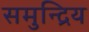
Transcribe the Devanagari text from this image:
समुन्द्रिय